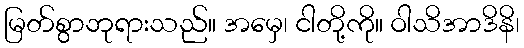
မြတ်စွာဘုရားသည်။ အမှေ၊ ငါတို့ကို။ ဝါသိအာဒိနိ၊